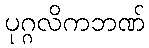
ပုဂ္ဂလိကဘဏ်